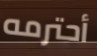
أحترمه